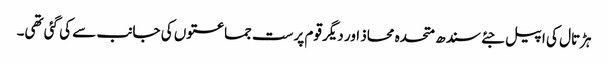
ہڑتال کی اپیل جئے سندھ متحدہ محاذ اور دیگر قوم پرست جماعتوں کی جانب سے کی گئی تھی۔